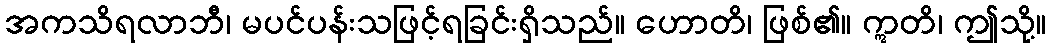
အကသိရလာဘီ၊ မပင်ပန်းသဖြင့်ရခြင်းရှိသည်။ ဟောတိ၊ ဖြစ်၏။ ဣတိ၊ ဤသို့။